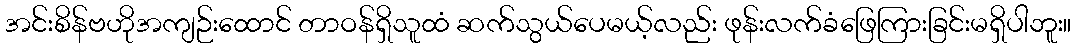
အင်းစိန်ဗဟိုအကျဉ်းထောင် တာဝန်ရှိသူထံ ဆက်သွယ်ပေမယ့်လည်း ဖုန်းလက်ခံဖြေကြားခြင်းမရှိပါဘူး။